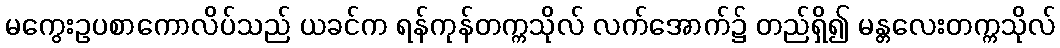
မကွေးဥပစာကောလိပ်သည် ယခင်က ရန်ကုန်တက္ကသိုလ် လက်အောက်၌ တည်ရှိ၍ မန္တလေးတက္ကသိုလ်